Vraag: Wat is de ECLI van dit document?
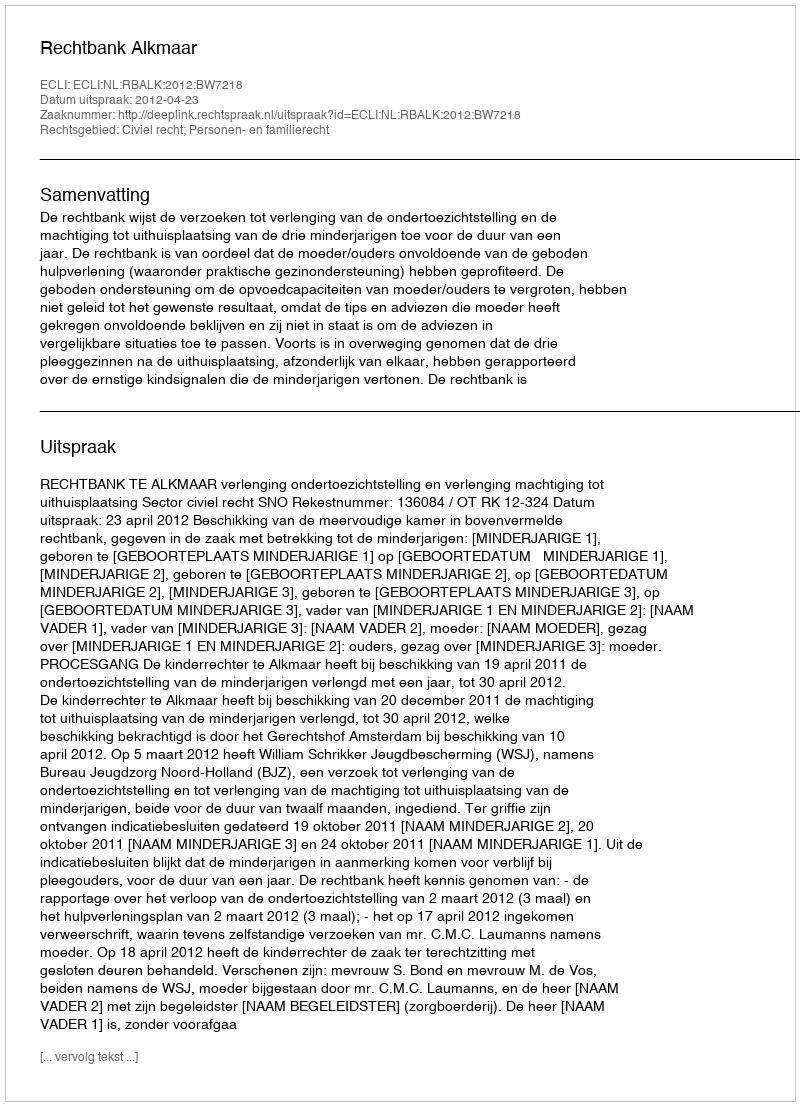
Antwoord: ECLI:NL:RBALK:2012:BW7218